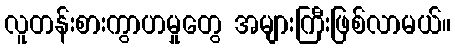
လူတန်းစားကွာဟမှုတွေ အများကြီးဖြစ်လာမယ်။